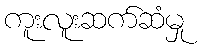
ကူးလူးဆက်ဆံမှု